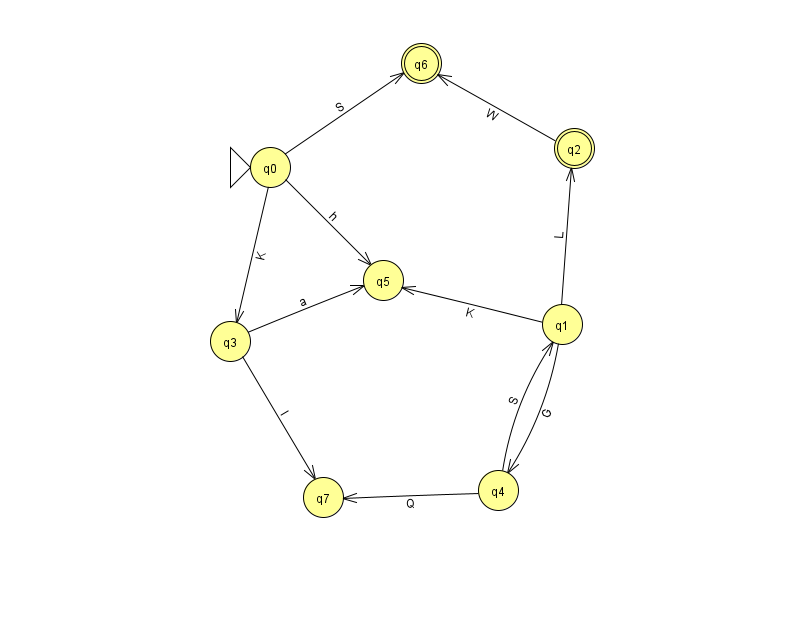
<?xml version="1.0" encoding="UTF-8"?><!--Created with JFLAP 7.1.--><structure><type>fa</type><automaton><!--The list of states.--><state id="0" name="q0"><x>270.0</x><y>154.0</y><initial/></state><state id="1" name="q1"><x>562.0</x><y>311.0</y></state><state id="2" name="q2"><x>574.0</x><y>135.0</y><final/></state><state id="3" name="q3"><x>230.0</x><y>328.0</y></state><state id="4" name="q4"><x>498.0</x><y>477.0</y></state><state id="5" name="q5"><x>383.0</x><y>267.0</y></state><state id="6" name="q6"><x>421.0</x><y>50.0</y><final/></state><state id="7" name="q7"><x>323.0</x><y>484.0</y></state><!--The list of transitions.--><transition><from>0</from><to>6</to><read>S</read></transition><transition><from>1</from><to>2</to><read>L</read></transition><transition><from>2</from><to>6</to><read>W</read></transition><transition><from>3</from><to>7</to><read>I</read></transition><transition><from>1</from><to>5</to><read>K</read></transition><transition><from>3</from><to>5</to><read>a</read></transition><transition><from>1</from><to>4</to><read>G</read></transition><transition><from>0</from><to>3</to><read>K</read></transition><transition><from>4</from><to>1</to><read>S</read></transition><transition><from>0</from><to>5</to><read>h</read></transition><transition><from>4</from><to>7</to><read>Q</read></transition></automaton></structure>